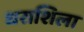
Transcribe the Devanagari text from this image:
धराशिला